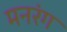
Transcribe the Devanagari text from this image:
मनरंग